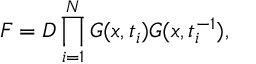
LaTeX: { \cal F } = { \cal D } \prod _ { i = 1 } ^ { N } G ( x , t _ { i } ) G ( x , t _ { i } ^ { - 1 } ) ,